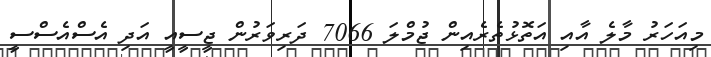
މިއަހަރު މާލެ އާއި އަތޮޅުތެރެއިން ޖުމްލަ 7066 ދަރިވަރުން ޖީސީއީ އަދި އެސްއެސްސީ